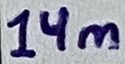
Text: 14m